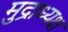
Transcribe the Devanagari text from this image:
मुद्राध्यक्ष